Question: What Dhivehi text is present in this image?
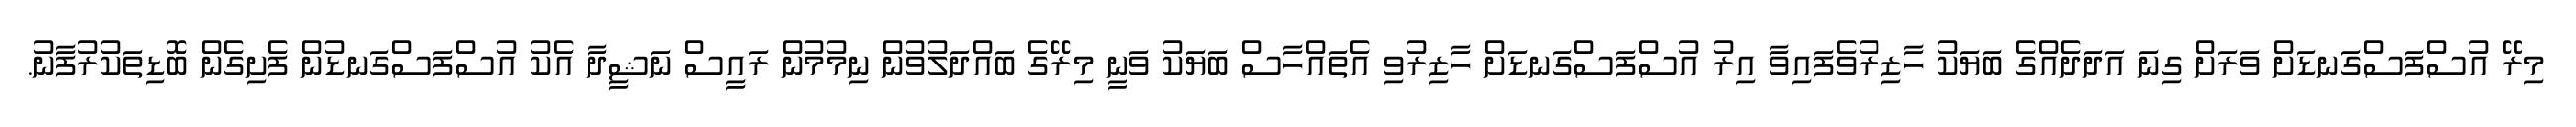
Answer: މިރޭ އުސްފަސްގަނޑަށް ވަރަށް ގިނަ އަދަދެއްގެ ބަޔަކު ހާޒިރުވެފައިވާ އިރު އުސްފަސްގަނޑަށް ހާޒިރުވި އެތައްހާސް ބަޔަކު ވަނީ މިރޭގެ ބައްދަލުވުން ނިމުމުން ރައީސް ނަޝީދާ އެކު އުސްފަސްގަނޑުން ފެށިގެން ބޮޑިތަކުރުފާނު.